65_HS1-834228961_62-HQ-83894_Serial_164
Agency: FBI
Page 3
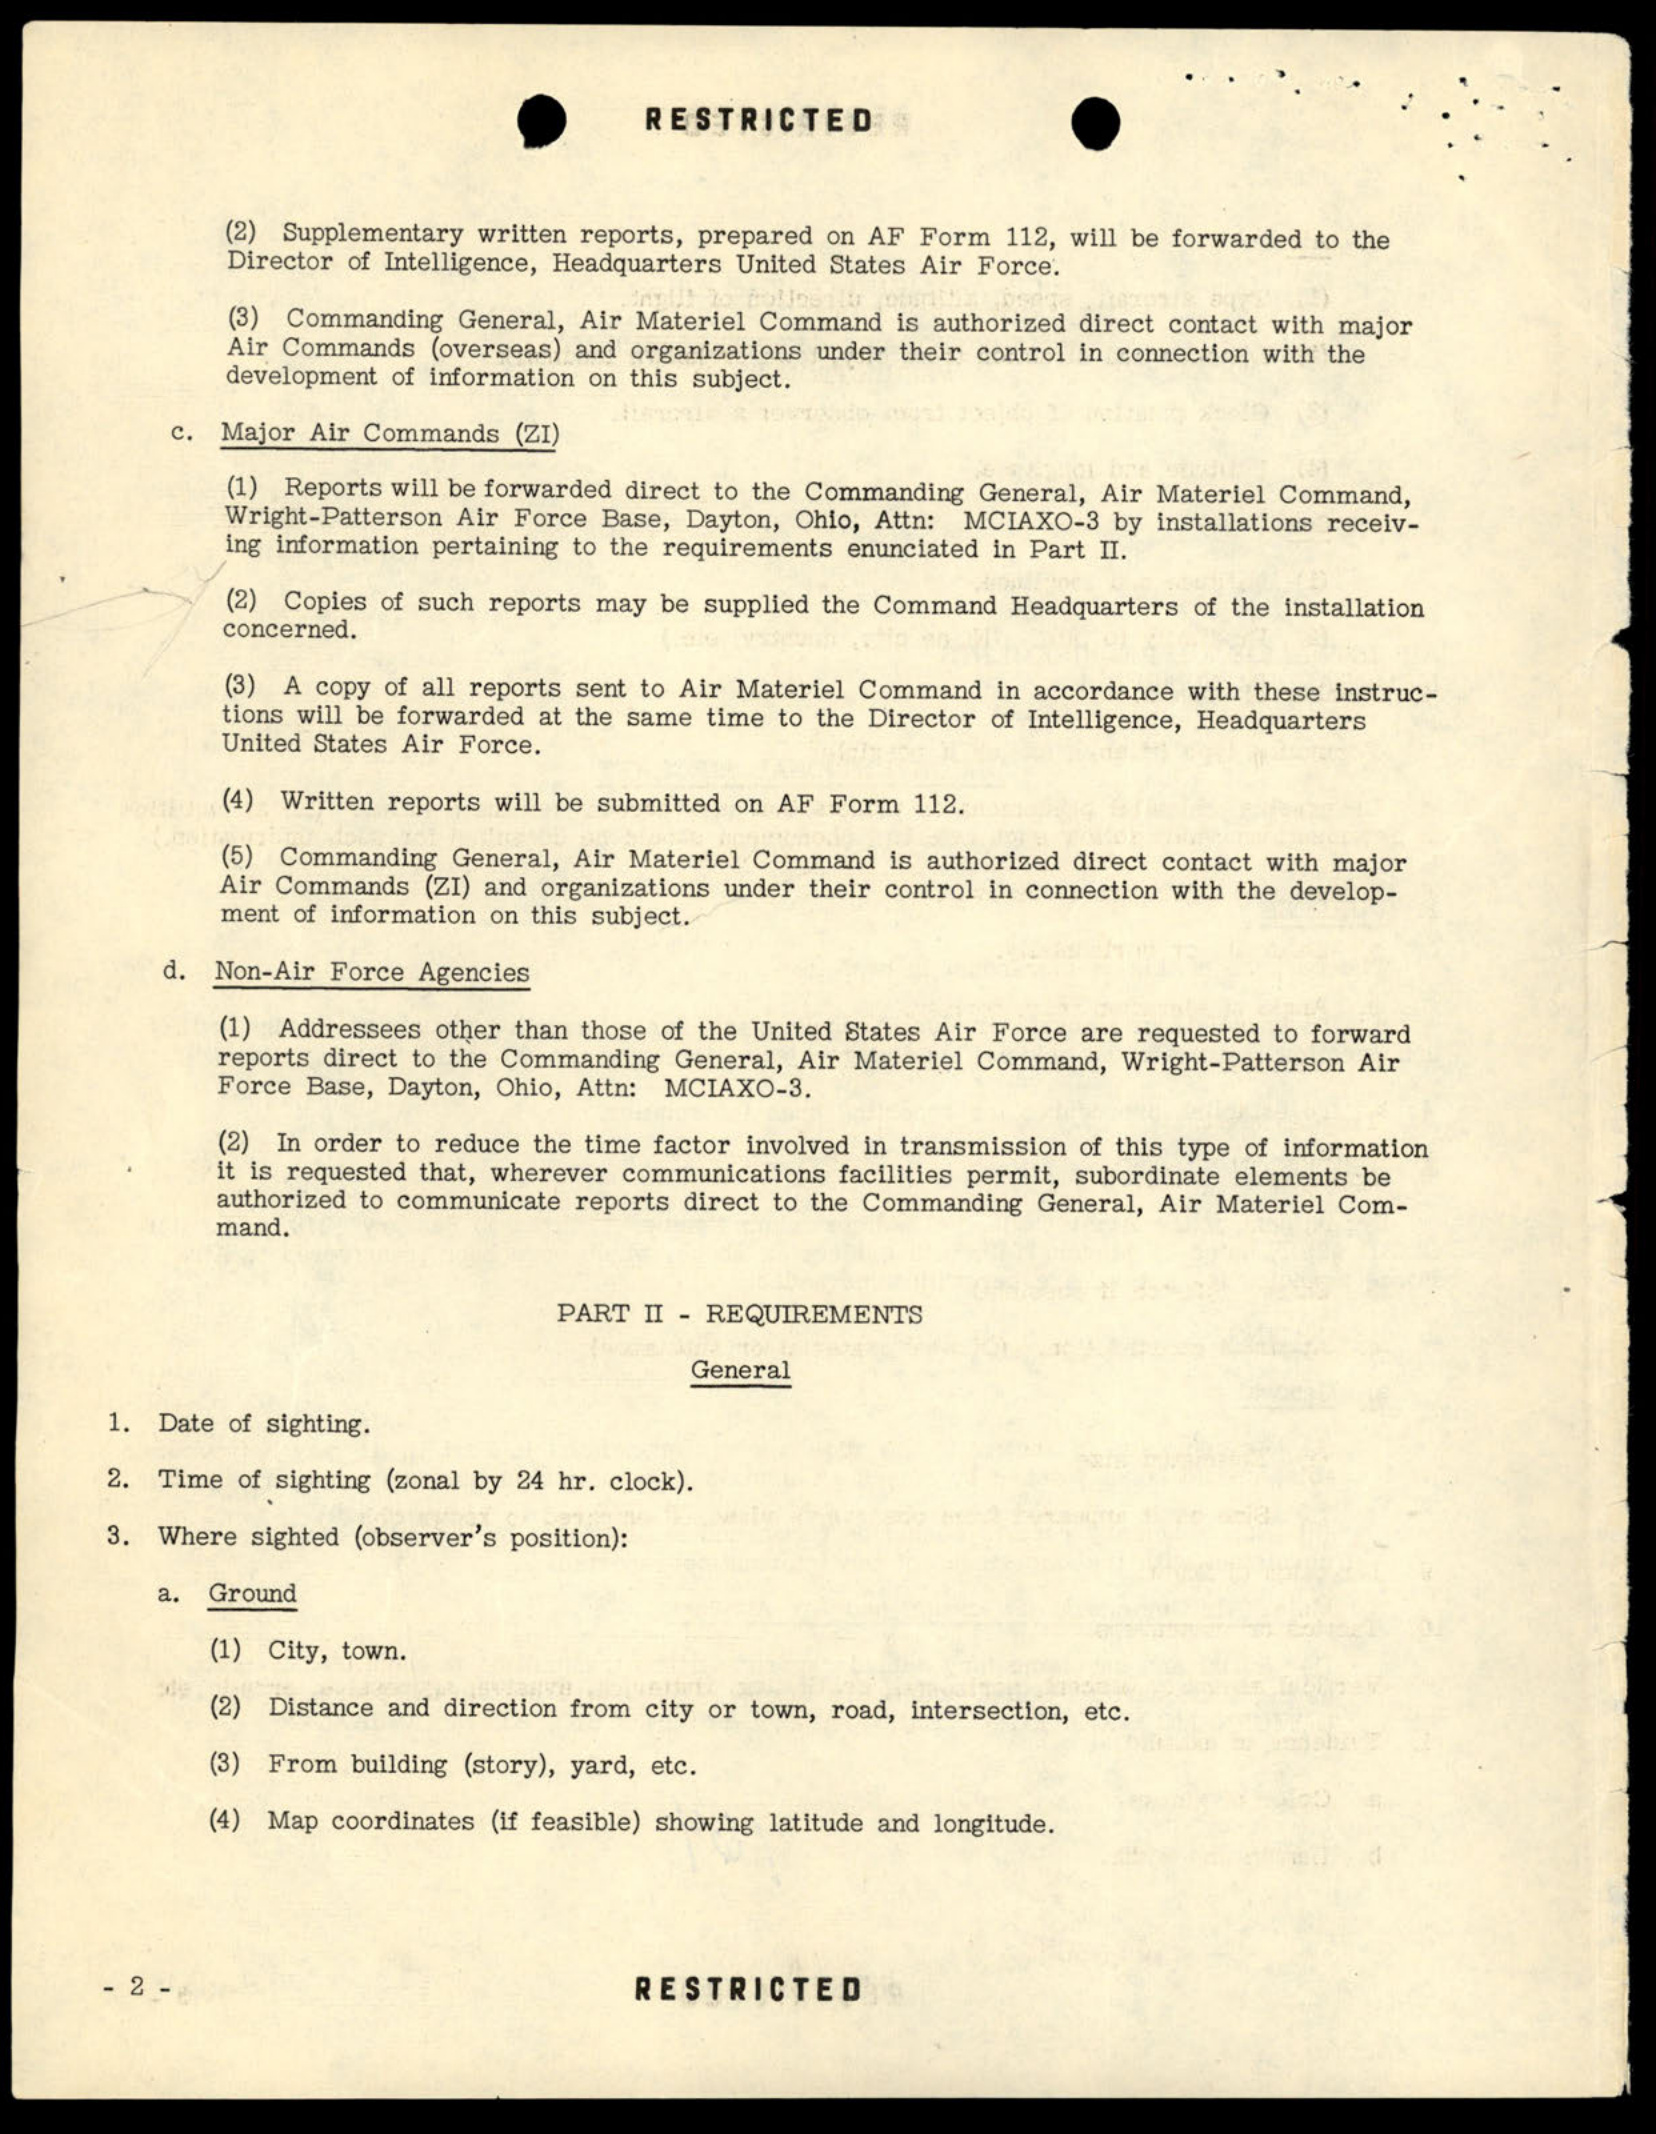